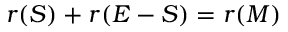
r ( S ) + r ( E - S ) = r ( M )